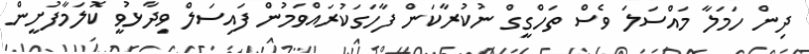
ދިން ހަމަލާ މައްސަލަ ވެސް ތަހްގީގް ނުކުރާކަން ފާހަގަކުރައްވަމުން ފައިސަލް ވިދާޅުވީ ކޮލަމާފުށީން